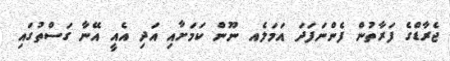
ޖެރާޑްގެ ފަރާތުން ފެންނަފަދަ އަމަލެއ ނޫން ކަމަށާއި އަދި އެއީ އޭނާ ގަސްތުގައި